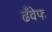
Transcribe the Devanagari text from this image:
ढँवेफ